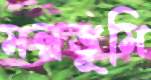
মল্লভূমি